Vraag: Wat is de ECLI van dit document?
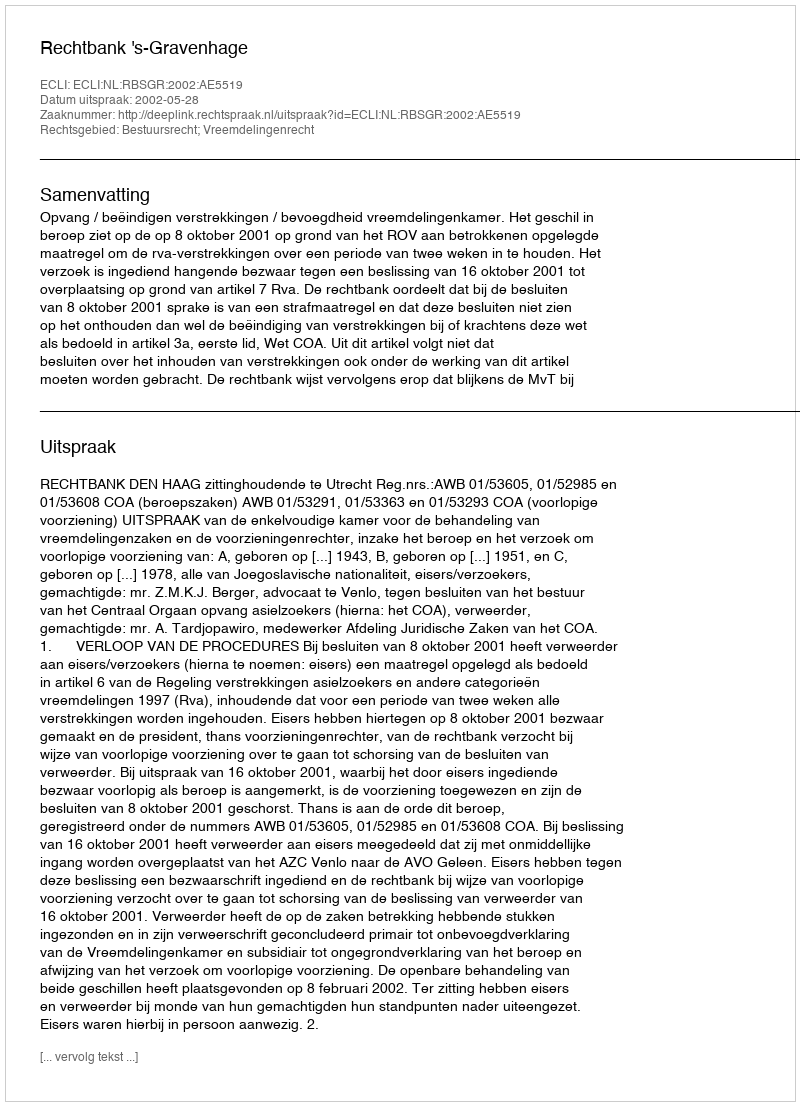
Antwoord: ECLI:NL:RBSGR:2002:AE5519